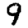
Digit: 9